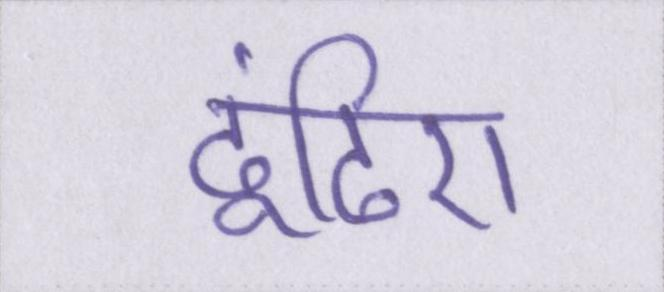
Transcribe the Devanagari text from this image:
ढूंढिए